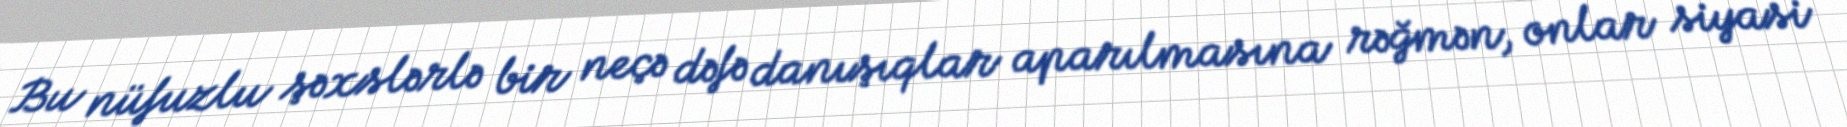
Bu nüfuzlu şəxslərlə bir neçə dəfə danışıqlar aparılmasına rəğmən, onlar siyasi